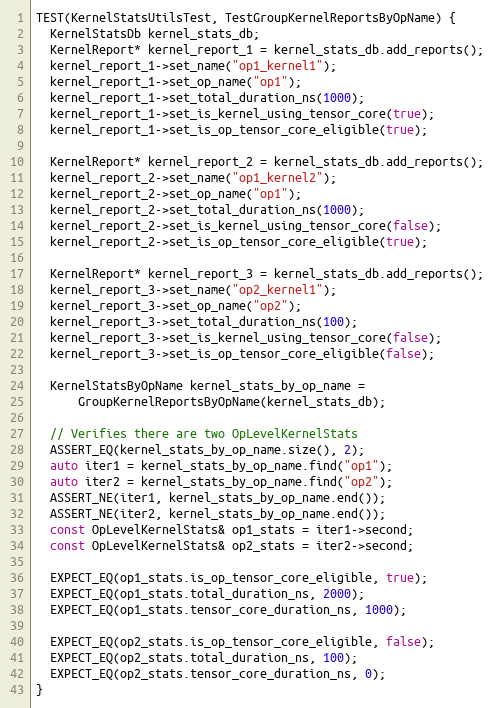
Language: C++
TEST(KernelStatsUtilsTest, TestGroupKernelReportsByOpName) {
  KernelStatsDb kernel_stats_db;
  KernelReport* kernel_report_1 = kernel_stats_db.add_reports();
  kernel_report_1->set_name("op1_kernel1");
  kernel_report_1->set_op_name("op1");
  kernel_report_1->set_total_duration_ns(1000);
  kernel_report_1->set_is_kernel_using_tensor_core(true);
  kernel_report_1->set_is_op_tensor_core_eligible(true);

  KernelReport* kernel_report_2 = kernel_stats_db.add_reports();
  kernel_report_2->set_name("op1_kernel2");
  kernel_report_2->set_op_name("op1");
  kernel_report_2->set_total_duration_ns(1000);
  kernel_report_2->set_is_kernel_using_tensor_core(false);
  kernel_report_2->set_is_op_tensor_core_eligible(true);

  KernelReport* kernel_report_3 = kernel_stats_db.add_reports();
  kernel_report_3->set_name("op2_kernel1");
  kernel_report_3->set_op_name("op2");
  kernel_report_3->set_total_duration_ns(100);
  kernel_report_3->set_is_kernel_using_tensor_core(false);
  kernel_report_3->set_is_op_tensor_core_eligible(false);

  KernelStatsByOpName kernel_stats_by_op_name =
      GroupKernelReportsByOpName(kernel_stats_db);

  // Verifies there are two OpLevelKernelStats
  ASSERT_EQ(kernel_stats_by_op_name.size(), 2);
  auto iter1 = kernel_stats_by_op_name.find("op1");
  auto iter2 = kernel_stats_by_op_name.find("op2");
  ASSERT_NE(iter1, kernel_stats_by_op_name.end());
  ASSERT_NE(iter2, kernel_stats_by_op_name.end());
  const OpLevelKernelStats& op1_stats = iter1->second;
  const OpLevelKernelStats& op2_stats = iter2->second;

  EXPECT_EQ(op1_stats.is_op_tensor_core_eligible, true);
  EXPECT_EQ(op1_stats.total_duration_ns, 2000);
  EXPECT_EQ(op1_stats.tensor_core_duration_ns, 1000);

  EXPECT_EQ(op2_stats.is_op_tensor_core_eligible, false);
  EXPECT_EQ(op2_stats.total_duration_ns, 100);
  EXPECT_EQ(op2_stats.tensor_core_duration_ns, 0);
}